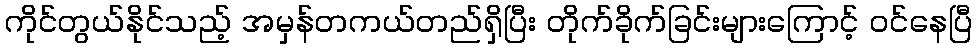
ကိုင်တွယ်နိုင်သည့် အမှန်တကယ်တည်ရှိပြီး တိုက်ခိုက်ခြင်းများကြောင့် ဝင်နေပြီ